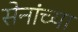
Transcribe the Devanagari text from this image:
सेनांच्या